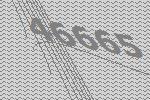
46665